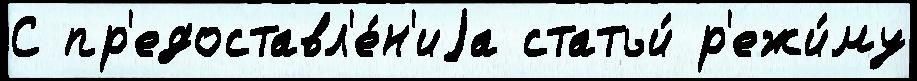
С пр'едоставл'е́н'иjа статьи́ р'ежи́му